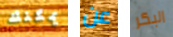
يمكنك عن البكر